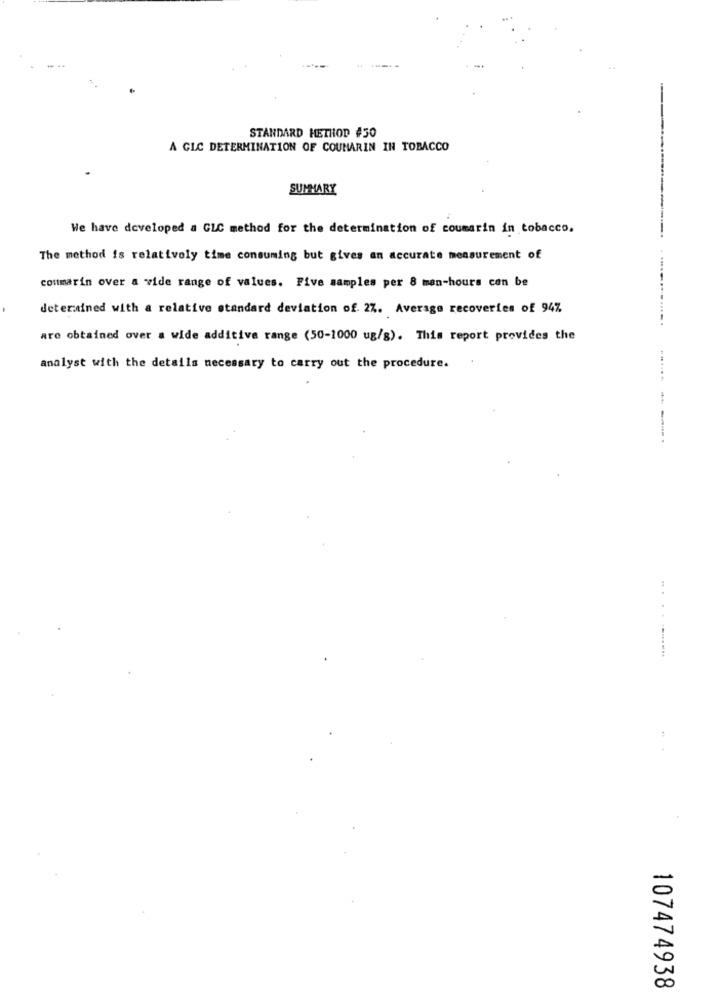
STANDARD METHOD #50
A GLC DETERMINATION OF COUMARIN IN TOBACCO
SUMMARY
We have developed a GLC method for the determination of coumarin in tobacco.
The method is relatively time consuming but gives an accurate measurement of
. ....
conmarin over a wide range of values. Five samples per 8 man-hours con be
determined with a relative standard deviation of. 27. Average recoveries of 94%
are obtained over a wide additive range (50-1000 ug/s). This report provides the
analyst with the details necessary to carry out the procedure.
.........
107474938